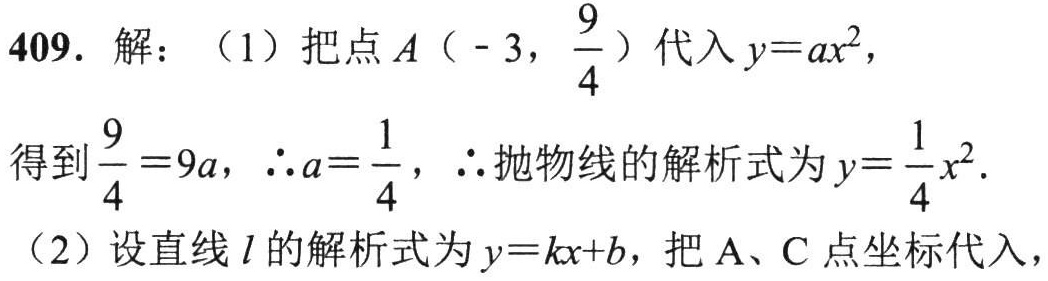
409. 解：（1）把点\(A\left(-3,\frac{9}{4}\right)\)代入\(y = ax^{2}\)，
得到\(\frac{9}{4}=9a\)，\(\therefore a = \frac{1}{4}\)，\(\therefore\)抛物线的解析式为\(y=\frac{1}{4}x^{2}\).
（2）设直线\(l\)的解析式为\(y = kx + b\)，把\(A\)、\(C\)点坐标代入，